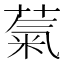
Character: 𫉀